Document type: bank_statement
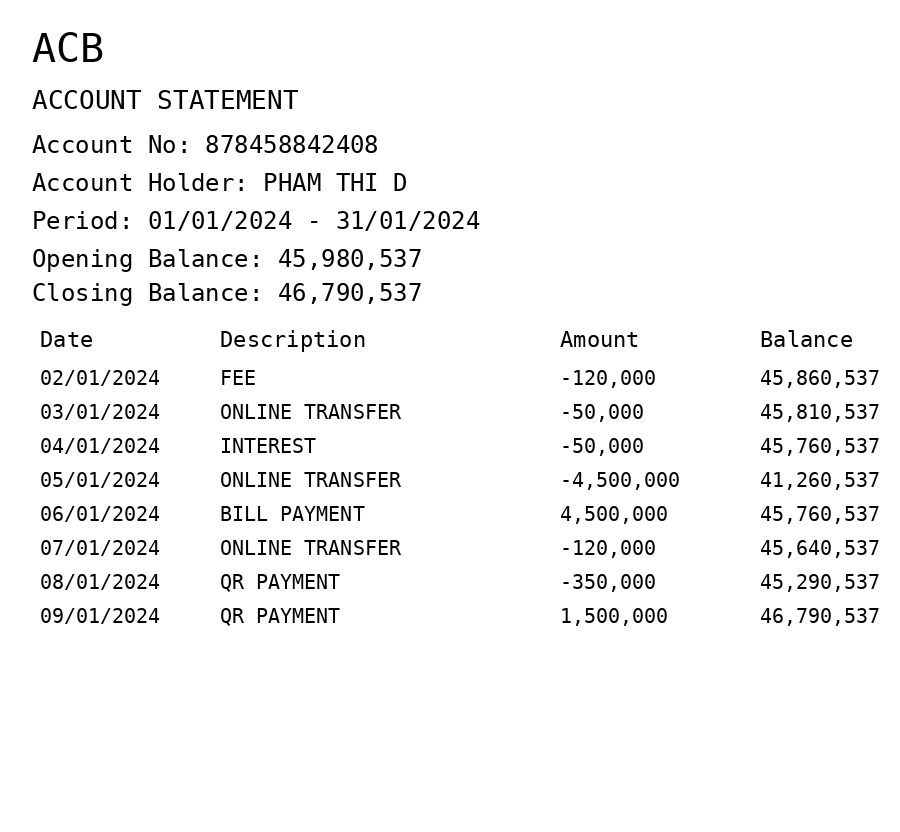
OCR transcript:
ACB
ACCOUNT STATEMENT
Account No: 878458842408
Account Holder: PHAM THI D
Period: 01/01/2024 - 31/01/2024
Opening Balance: 45,980,537
Closing Balance: 46,790,537
Date
Description
Amount
Balance
02/01/2024
FEE
-120,000
45,860,537
03/01/2024
ONLINE TRANSFER
-50,000
45,810,537
04/01/2024
INTEREST
-50,000
45,760,537
05/01/2024
ONLINE TRANSFER
-4,500,000
41,260,537
06/01/2024
BILL PAYMENT
4,500,000
45,760,537
07/01/2024
ONLINE TRANSFER
-120,000
45,640,537
08/01/2024
QR PAYMENT
-350,000
45,290,537
09/01/2024
QR PAYMENT
1,500,000
46,790,537
Extracted fields:
bank_name: acb
account_number: 878458842408
account_holder: pham thi d
statement_period: 01/01/2024 - 31/01/2024
opening_balance: 45980537
closing_balance: 46790537
transactions: date: 2024-01-02
description: fee
amount: -120000
balance: 45860537
date: 2024-01-03
description: online transfer
amount: -50000
balance: 45810537
date: 2024-01-04
description: interest
amount: -50000
balance: 45760537
date: 2024-01-05
description: online transfer
amount: -4500000
balance: 41260537
date: 2024-01-06
description: bill payment
amount: 4500000
balance: 45760537
date: 2024-01-07
description: online transfer
amount: -120000
balance: 45640537
date: 2024-01-08
description: qr payment
amount: -350000
balance: 45290537
date: 2024-01-09
description: qr payment
amount: 1500000
balance: 46790537